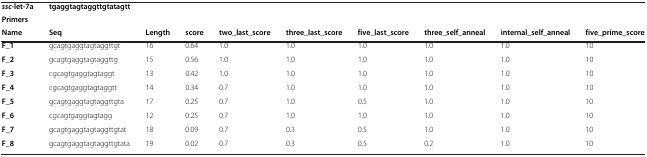
| ssc-let-7a | tgaggtagtaggttgtatagtt |  |  |  |  |  |  |  |  |
 | Primers |  |  |  |  |  |  |  |  |  |
 | Name | Seq | Length | score | two_last_score | three_last_score | five_last_score | three_self_anneal | internal_self_anneal | five_prime_score |
 | --- | --- | --- | --- | --- | --- | --- | --- | --- | --- |
 | F_1 | gcagtgaggtagtaggttgt | 16 | 0.64 | 1.0 | 1.0 | 1.0 | 1.0 | 1.0 | 10 |
 | F_2 | gcagtgaggtagtaggttg | 15 | 0.56 | 1.0 | 1.0 | 1.0 | 1.0 | 1.0 | 10 |
 | F_3 | cgcagtgaggtagtaggt | 13 | 0.42 | 1.0 | 1.0 | 1.0 | 1.0 | 1.0 | 10 |
 | F_4 | cgcagtgaggtagtaggtt | 14 | 0.34 | 0.7 | 1.0 | 1.0 | 1.0 | 1.0 | 10 |
 | F_5 | gcagtgaggtagtaggttgta | 17 | 0.25 | 0.7 | 1.0 | 0.5 | 1.0 | 1.0 | 10 |
 | F_6 | cgcagtgaggtagtagg | 12 | 0.25 | 0.7 | 1.0 | 1.0 | 1.0 | 1.0 | 10 |
 | F_7 | gcagtgaggtagtaggttgtat | 18 | 0.09 | 0.7 | 0.3 | 0.5 | 1.0 | 1.0 | 10 |
 | F_8 | gcagtgaggtagtaggttgtata | 19 | 0.02 | 0.7 | 0.3 | 0.5 | 0.2 | 1.0 | 10 |